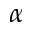
\alpha